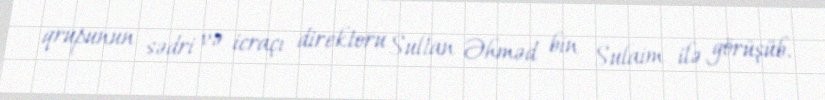
qrupunun sədri və icraçı direktoru Sultan Əhməd bin Sulaim ilə görüşüb.